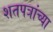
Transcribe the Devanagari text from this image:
शतपत्रांच्या